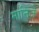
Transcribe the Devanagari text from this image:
मानिजे